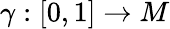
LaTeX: \gamma:[0,1]\rightarrow M